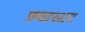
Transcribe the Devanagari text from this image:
फ़्वासार